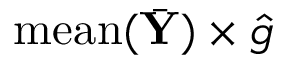
\mathrm { m e a n } ( \bar { \mathbf Y } ) \times \hat { g }